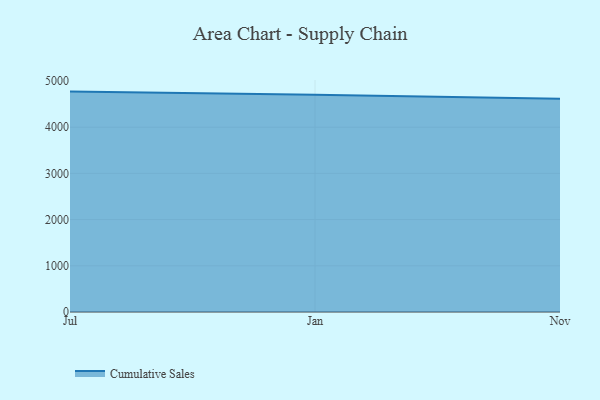
{"axis": {"x": "Month", "y": "Satisfaction Score"}, "legend": ["Cumulative Sales"], "data": [{"x": "Jul", "y": 4770.2, "type": "Cumulative Sales"}, {"x": "Jan", "y": 4703.6, "type": "Cumulative Sales"}, {"x": "Nov", "y": 4613.2, "type": "Cumulative Sales"}]}